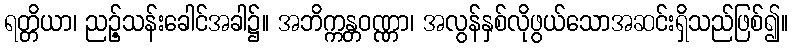
ရတ္တိယာ၊ ညဉ့်သန်းခေါင်အခါ၌။ အဘိက္ကန္တဝဏ္ဏာ၊ အလွန်နှစ်လိုဖွယ်သောအဆင်းရှိသည်ဖြစ်၍။